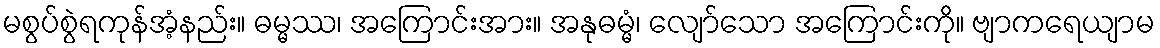
မစွပ်စွဲရကုန်အံ့နည်း။ ဓမ္မဿ၊ အကြောင်းအား။ အနုဓမ္မံ၊ လျော်သော အကြောင်းကို။ ဗျာကရေယျာမ